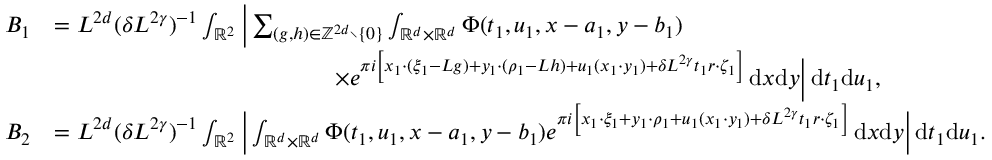
\begin{array} { r l } { B _ { 1 } } & { = L ^ { 2 d } ( \delta L ^ { 2 \gamma } ) ^ { - 1 } \int _ { \mathbb R ^ { 2 } } \bigg | \sum _ { ( g , h ) \in \mathbb Z ^ { 2 d } \setminus \{ 0 \} } \int _ { \mathbb R ^ { d } \times \mathbb R ^ { d } } \Phi ( t _ { 1 } , u _ { 1 } , x - a _ { 1 } , y - b _ { 1 } ) } \\ & { \qquad \qquad \qquad \qquad \qquad \qquad \times e ^ { \pi i \left[ x _ { 1 } \cdot ( \xi _ { 1 } - L g ) + y _ { 1 } \cdot ( \rho _ { 1 } - L h ) + u _ { 1 } ( x _ { 1 } \cdot y _ { 1 } ) + \delta L ^ { 2 \gamma } t _ { 1 } r \cdot \zeta _ { 1 } \right] } \, \mathrm { d } x \mathrm { d } y \bigg | \, \mathrm { d } t _ { 1 } \mathrm { d } u _ { 1 } , } \\ { B _ { 2 } } & { = L ^ { 2 d } ( \delta L ^ { 2 \gamma } ) ^ { - 1 } \int _ { \mathbb R ^ { 2 } } \bigg | \int _ { \mathbb R ^ { d } \times \mathbb R ^ { d } } \Phi ( t _ { 1 } , u _ { 1 } , x - a _ { 1 } , y - b _ { 1 } ) e ^ { \pi i \left[ x _ { 1 } \cdot \xi _ { 1 } + y _ { 1 } \cdot \rho _ { 1 } + u _ { 1 } ( x _ { 1 } \cdot y _ { 1 } ) + \delta L ^ { 2 \gamma } t _ { 1 } r \cdot \zeta _ { 1 } \right] } \, \mathrm { d } x \mathrm { d } y \bigg | \, \mathrm { d } t _ { 1 } \mathrm { d } u _ { 1 } . } \end{array}